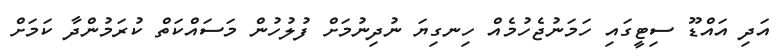
އަދި އައްޑޫ ސިޓީގައި ހަމަނުޖެހުމެއް ހިނގިޔަ ނުދިނުމަށް ފުލުހުން މަސައްކަތް ކުރަމުންދާ ކަމަށް